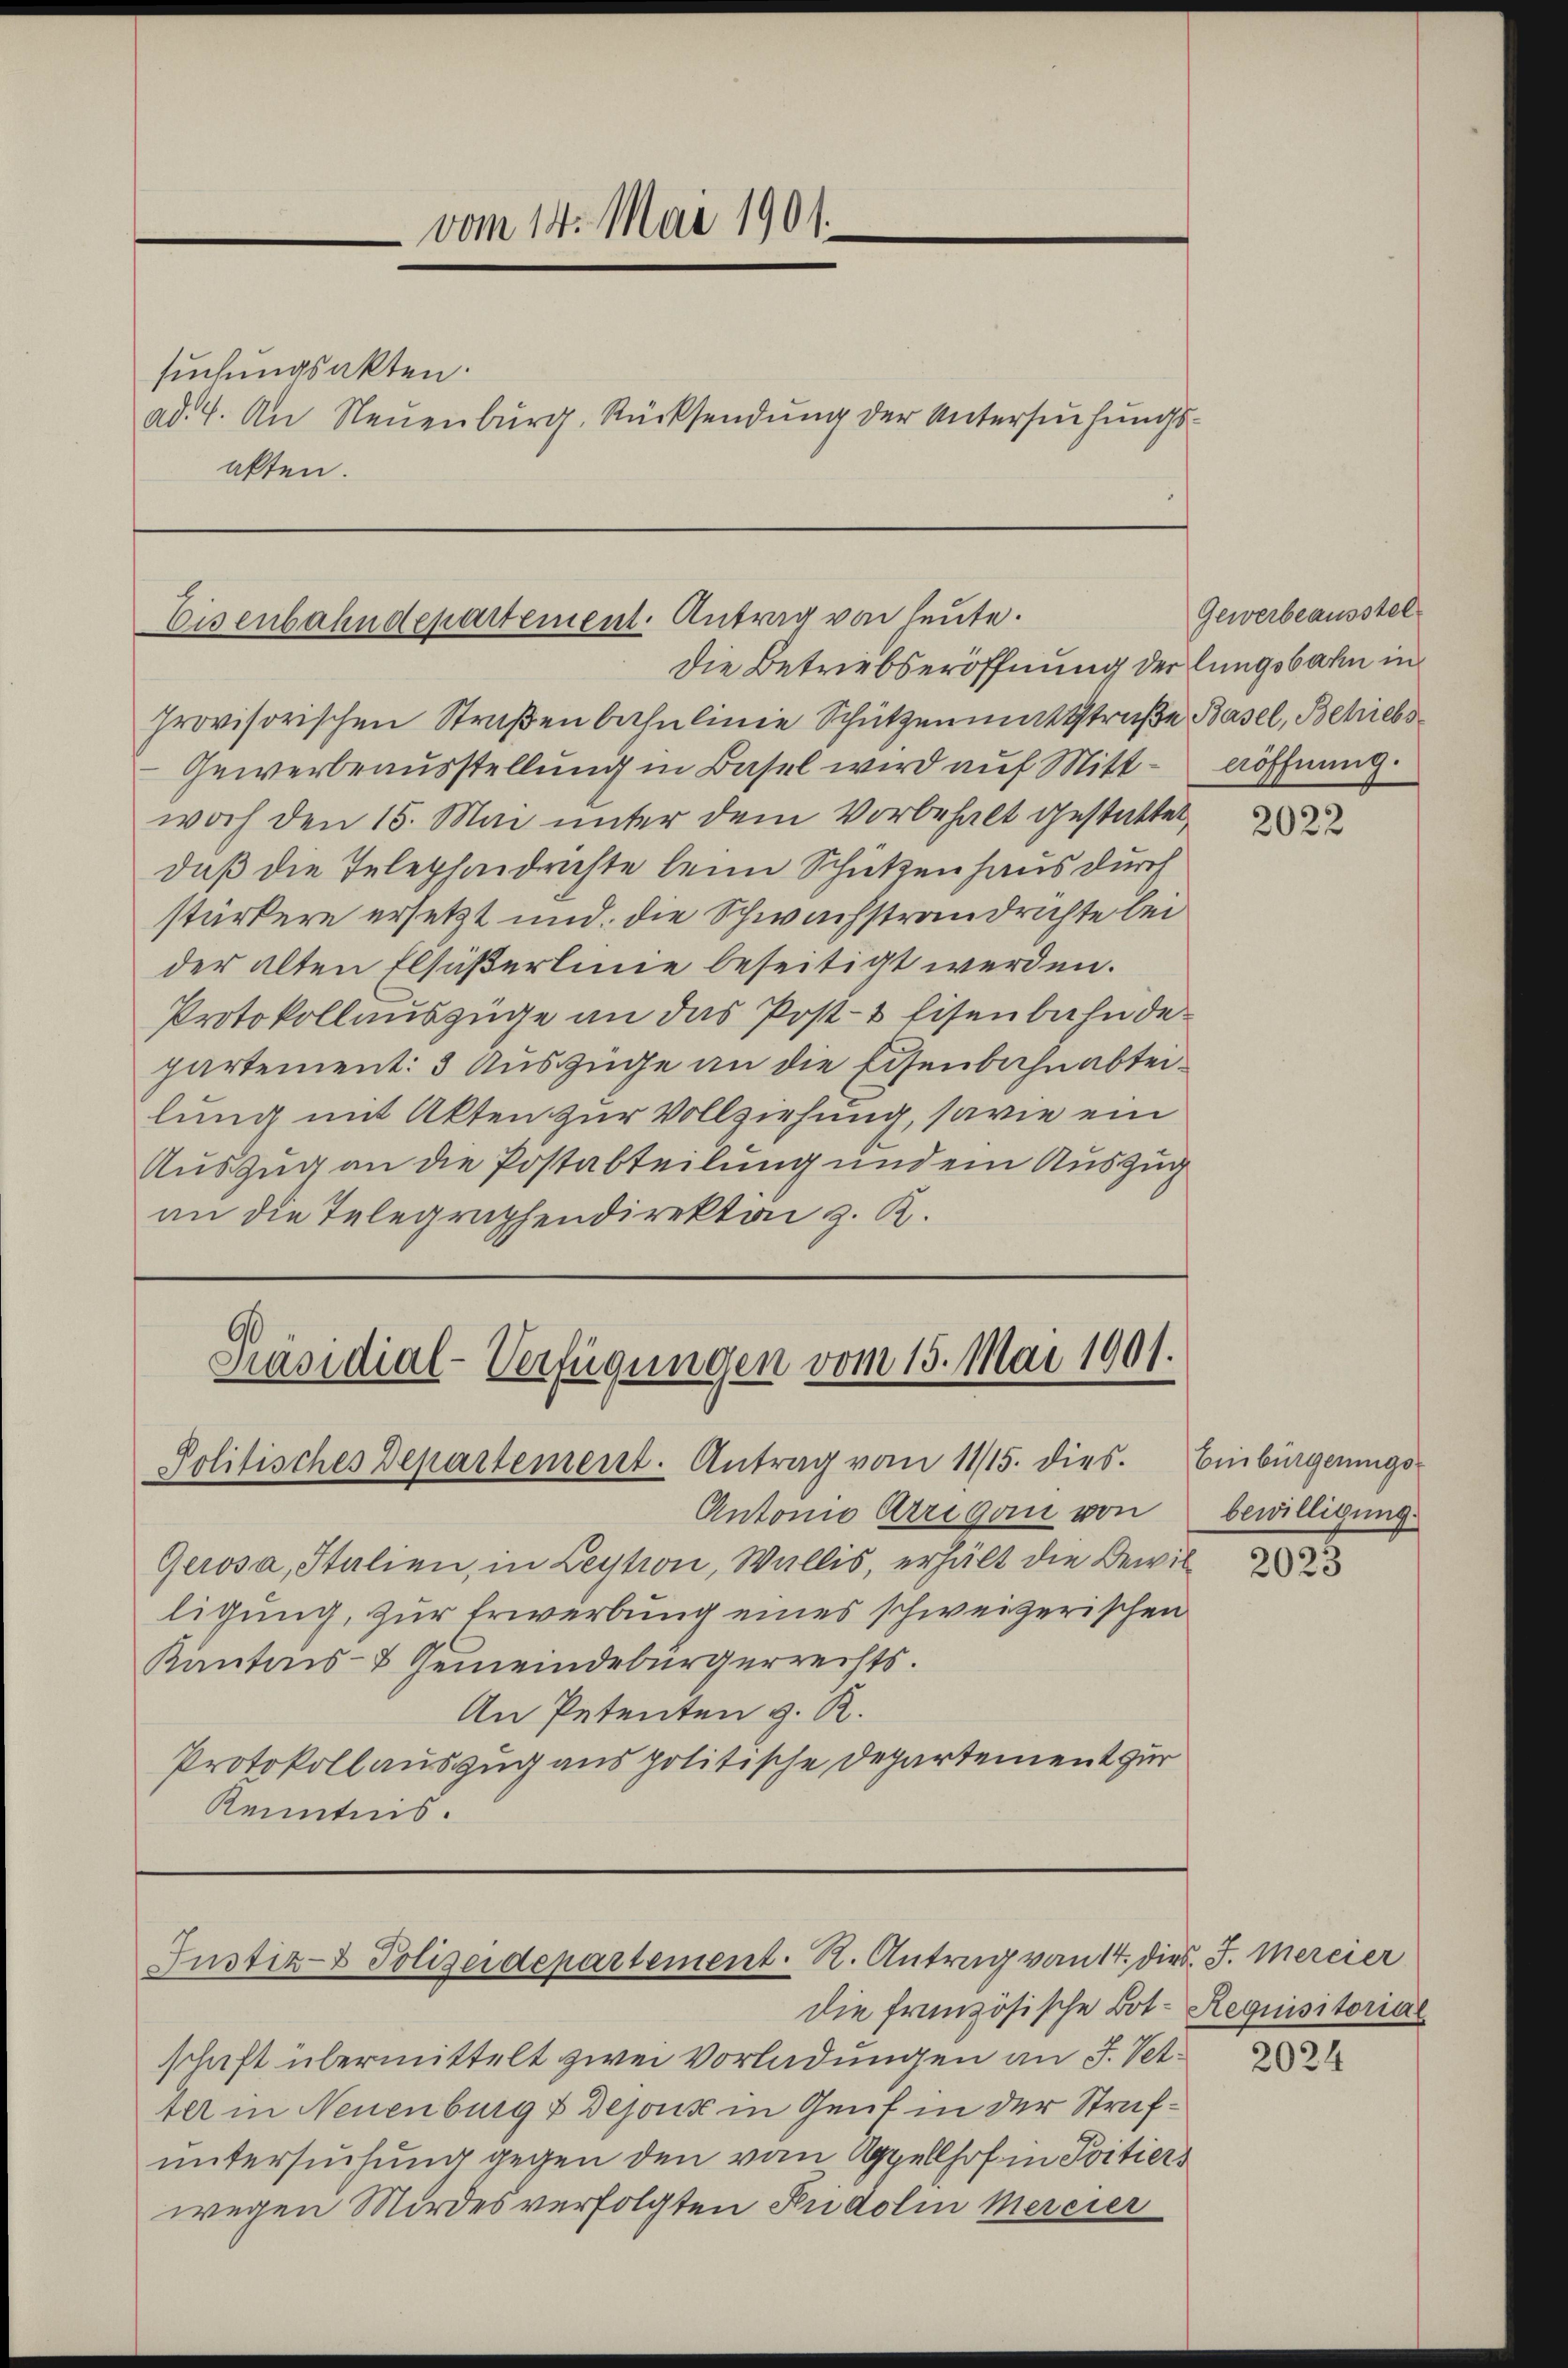
provisorischen Straßenbahnlinie Schützenmattstraße Basel, Beliebs
Gewerbeausstellung in Basel wird auf Mitt- röffnung.
woch den 15. Mai unter dem Vorbehalt gestattet,
daß die Telephaidrichte beim Schützenhaus durch
stärkere ersetzt und die Schwachstrandrichte bei
der alten Elsaßerlinie beseitigt werden.
Protokollauszüge an das Post- & Eisenbahnde
partement: 3 Auszüge an die Eisenbahn abteilung mit Akten zur Vollziehung, sowie ein
Auszug an die Postabteilung und ein Auszug
an die Telegraphendirektoni z. K.

vom 14. Mai 190
suchungsakten.
ad. 4. An Neuenburg, Rücksendung der Untersuchungsakten.

Eisenbahndepartement. Antrag von heute.
die Betriebseröffnung der lungsbahn in

Präsidial-Verfügungen vom 15. Mai 1901.
Politisches Departement. Antrag vom 11/15. dies. Einbürgerungs-

Antonio Arrigau von
Gerosa, Italien, in Leyton, Wallis, erhält die Bewilligung, zur Erwerbung eines schweizerischen
Kantons- & Gemeindebürgerrechts.
An Petenten z. R.
Protokollauszug aus politische Departement zur
Kenntnis.

die französische Bot- Requisitorial
schaft übermittelt zwei Vorladungen an J. Vetter in Neuenburg & Dejous in Genf in der Strafuntersuchung gegen den vom Appellhof in Pritiers
wegen Mordes verfolgten Rudolin Mereier

Justiz- & Polizeidepartement. R. Antrag von 14. dies J. Mereier

Gewerbeausstel

2022

bewilligung.

2025

2024